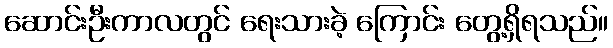
ဆောင်းဦးကာလတွင် ရေးသားခဲ့ ကြောင်း တွေ့ရှိရသည်။